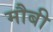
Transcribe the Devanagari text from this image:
मौबी